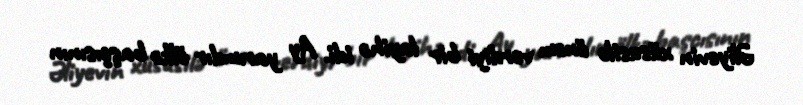
Əliyevin xüsusilə önəm verdiyi bir layihə idi. Ay yarımdır ölkə başçısının